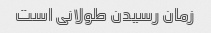
زمان رسیدن طولانی است